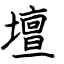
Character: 壇